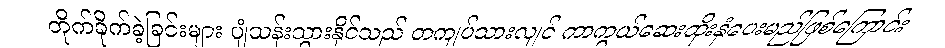
တိုက်ခိုက်ခဲ့ခြင်းများ ပျံသန်းသွားနိုင်သည် တကျပ်သားလျင် ကာကွယ်ဆေးထိုးနှံပေးမည်ဖြစ်ကြောင်း